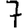
Digit: 7